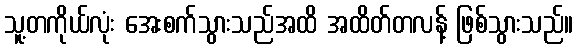
သူ့တကိုယ်လုံး အေးစက်သွားသည်အထိ အထိတ်တလန့် ဖြစ်သွားသည်။